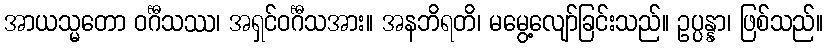
အာယသ္မတော ဝင်္ဂီသဿ၊ အရှင်ဝင်္ဂီသအား။ အနဘိရတိ၊ မမွေ့လျော်ခြင်းသည်။ ဥပ္ပန္နာ၊ ဖြစ်သည်။